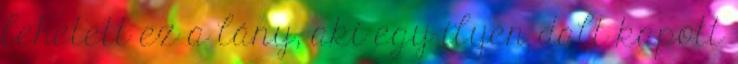
lehetett ez a lány, aki egy ilyen dalt kapott